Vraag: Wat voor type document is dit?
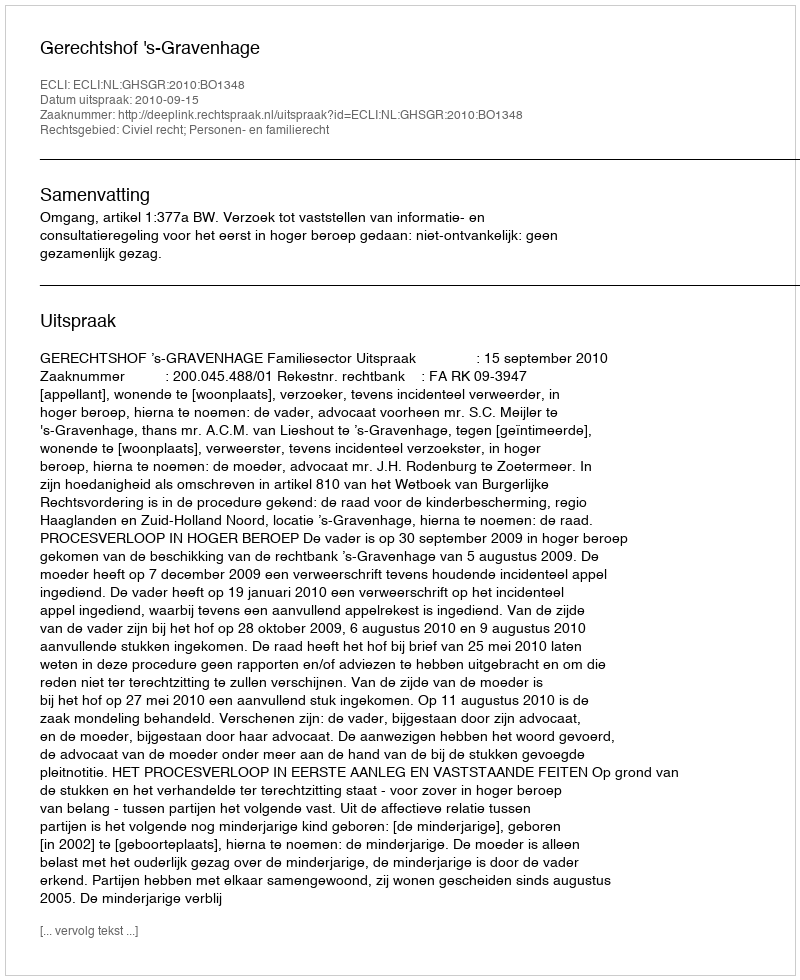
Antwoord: Uitspraak